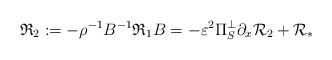
LaTeX: \begin{align*}\mathfrak{R}_2:=-\rho^{-1} B^{-1} \mathfrak{R}_1 B=-\varepsilon^{2} \Pi_S^{\perp} \partial_x \mathcal{R}_2+\mathcal{R}_*\end{align*}